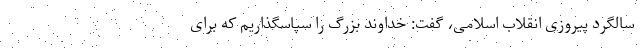
سالگرد پیروزی انقلاب اسلامی، گفت: خداوند بزرگ را سپاسگذاریم که برای